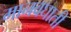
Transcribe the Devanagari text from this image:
मानवघाती